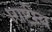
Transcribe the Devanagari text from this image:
।राष्ट्रीय